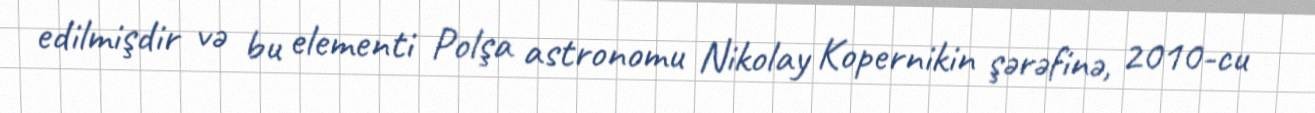
edilmişdir və bu elementi Polşa astronomu Nikolay Kopernikin şərəfinə, 2010-cu